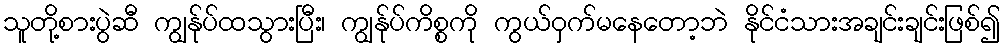
သူတို့စားပွဲဆီ ကျွန်ုပ်ထသွားပြီး၊ ကျွန်ုပ်ကိစ္စကို ကွယ်ဝှက်မနေတော့ဘဲ နိုင်ငံသားအချင်းချင်းဖြစ်၍